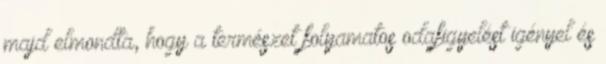
majd elmondta, hogy a természet folyamatos odafigyelést igényel és